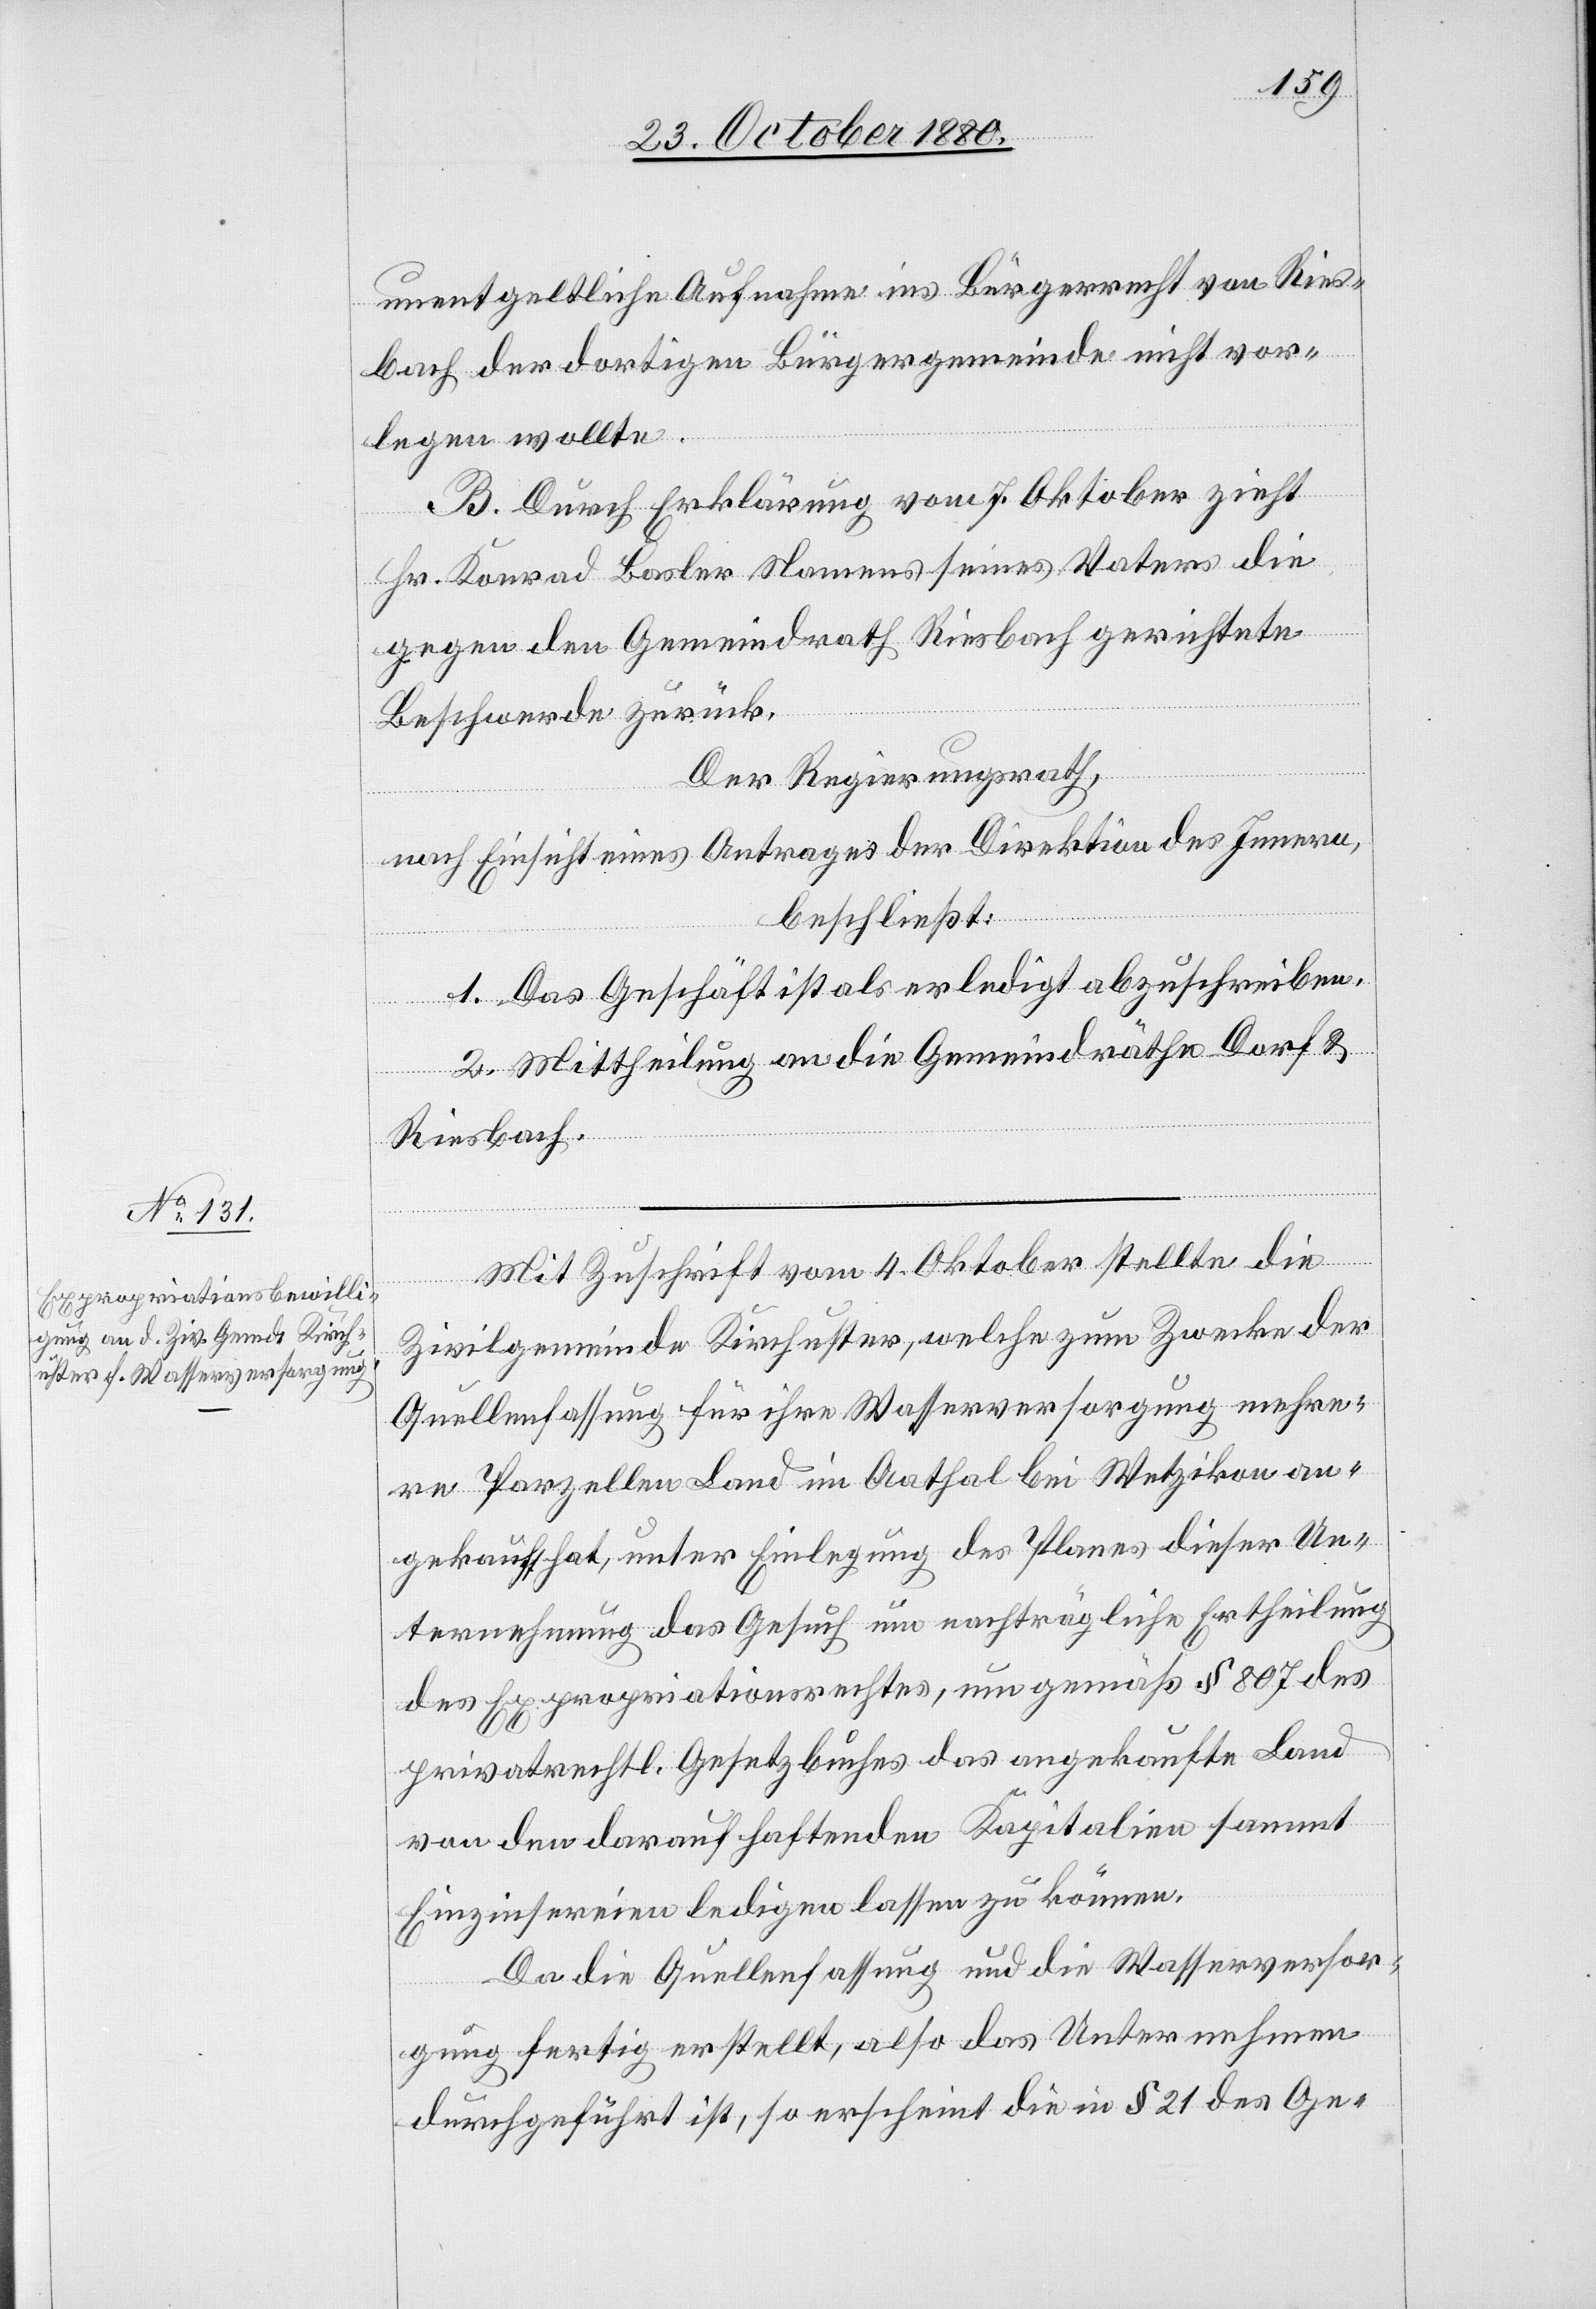
unentgeltliche Aufnahme ins Bürgerrecht von Ries¬
bach der dortigen Bürgergemeinde nicht vor¬
legen wollte.
B. Durch Erklärung vom 7. Oktober zieht
Hr. Konrad Basler Namens seines Vaters die
gegen den Gemeindrath Riesbach gerichtete
Beschwerde zurück.
Der Regierungsrath,
nach Einsicht eines Antrages der Direktion des Innern,
beschließt:
1. Das Geschäft ist als erledigt abzuschreiben.
2. Mittheilung an die Gemeindräthe Dorf &
Riesbach.
Mit Zuschrift vom 4. Oktober stellte die
Zivilgemeinde Kirchuster, welche zum Zwecke der
Quellenfassung für ihre Wasserversorgung mehre¬
re Parzellen Land im Aathal bei Wetzikon an¬
gekauft hat, unter Einlegung des Planes dieser Un¬
ternehmung das Gesuch um nachträgliche Ertheilung
des Expropriationsrechtes, um gemäß § 807 des
privatrechtl. Gesetzbuches das angekaufte Land
von den darauf haftenden Kapitalien sammt
Einzinsereien ledigen lassen zu können.
Da die Quellenfassung und die Wasserversor¬
gung fertig erstellt, also das Unternehmen
durchgeführt ist, so erscheint die in § 21 des Ge-